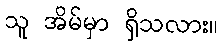
သူ အိမ်မှာ ရှိသလား။